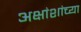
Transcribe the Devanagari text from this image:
अक्षांशांच्या